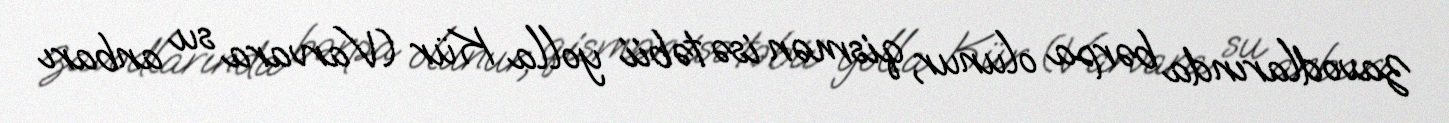
zavodlarında bərpa olunur, qismən isə təbii yolla Kür (Varvara su anbarı